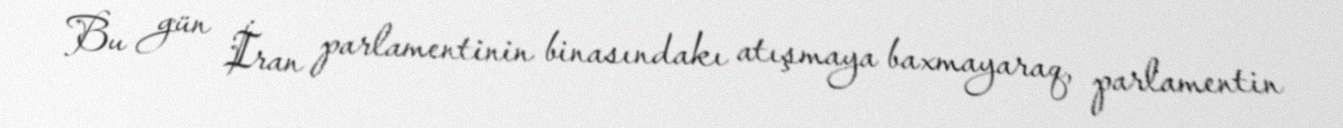
Bu gün İran parlamentinin binasındakı atışmaya baxmayaraq, parlamentin